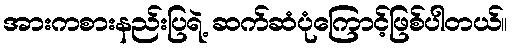
အားကစားနည်းပြရဲ့ ဆက်ဆံပုံကြောင့်ဖြစ်ပါတယ်။